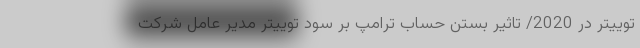
توییتر در 2020/ تاثیر بستن حساب ترامپ بر سود توییتر مدیر عامل شرکت